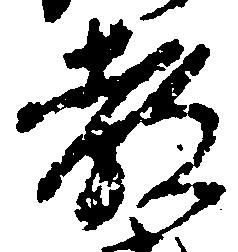
教